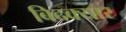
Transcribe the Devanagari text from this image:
बिदक्यार